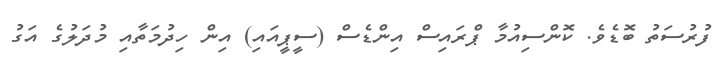
ފުރުސަތު ބޮޑެވެ. ކޮންސިއުމާ ޕްރައިސް އިންޑެސް (ސީޕީއައި) އިން ހިދުމަތާއި މުދަލުގެ އަގު